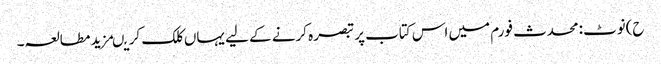
ح)نوٹ:محدث فورم میں اس کتاب پر تبصرہ کرنے کے لیے یہاں کلک کریںمزید مطالعہ۔